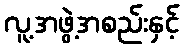
လူ့အဖွဲ့အစည်းနှင့်